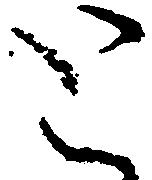
と